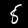
Digit: 8